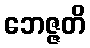
ဘေဇ္ဇတိ